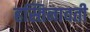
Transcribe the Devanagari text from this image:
हस्तिनावती